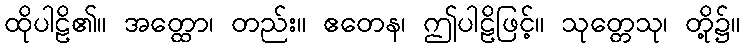
ထိုပါဠိ၏။ အတ္ထော၊ တည်း။ ဧတေန၊ ဤပါဠိဖြင့်။ သုတ္တေသု၊ တို့၌။